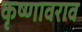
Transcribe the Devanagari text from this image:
कृष्णावराव